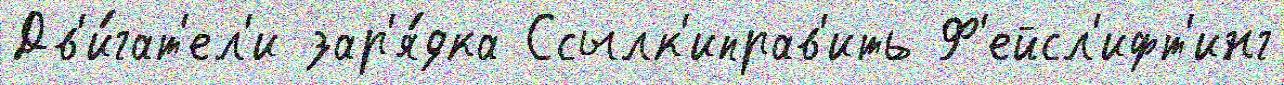
Дв'и́гат'ел'и зар'я́дка Ссылк'иправ'ить Ф'ейсл'ифт'инг